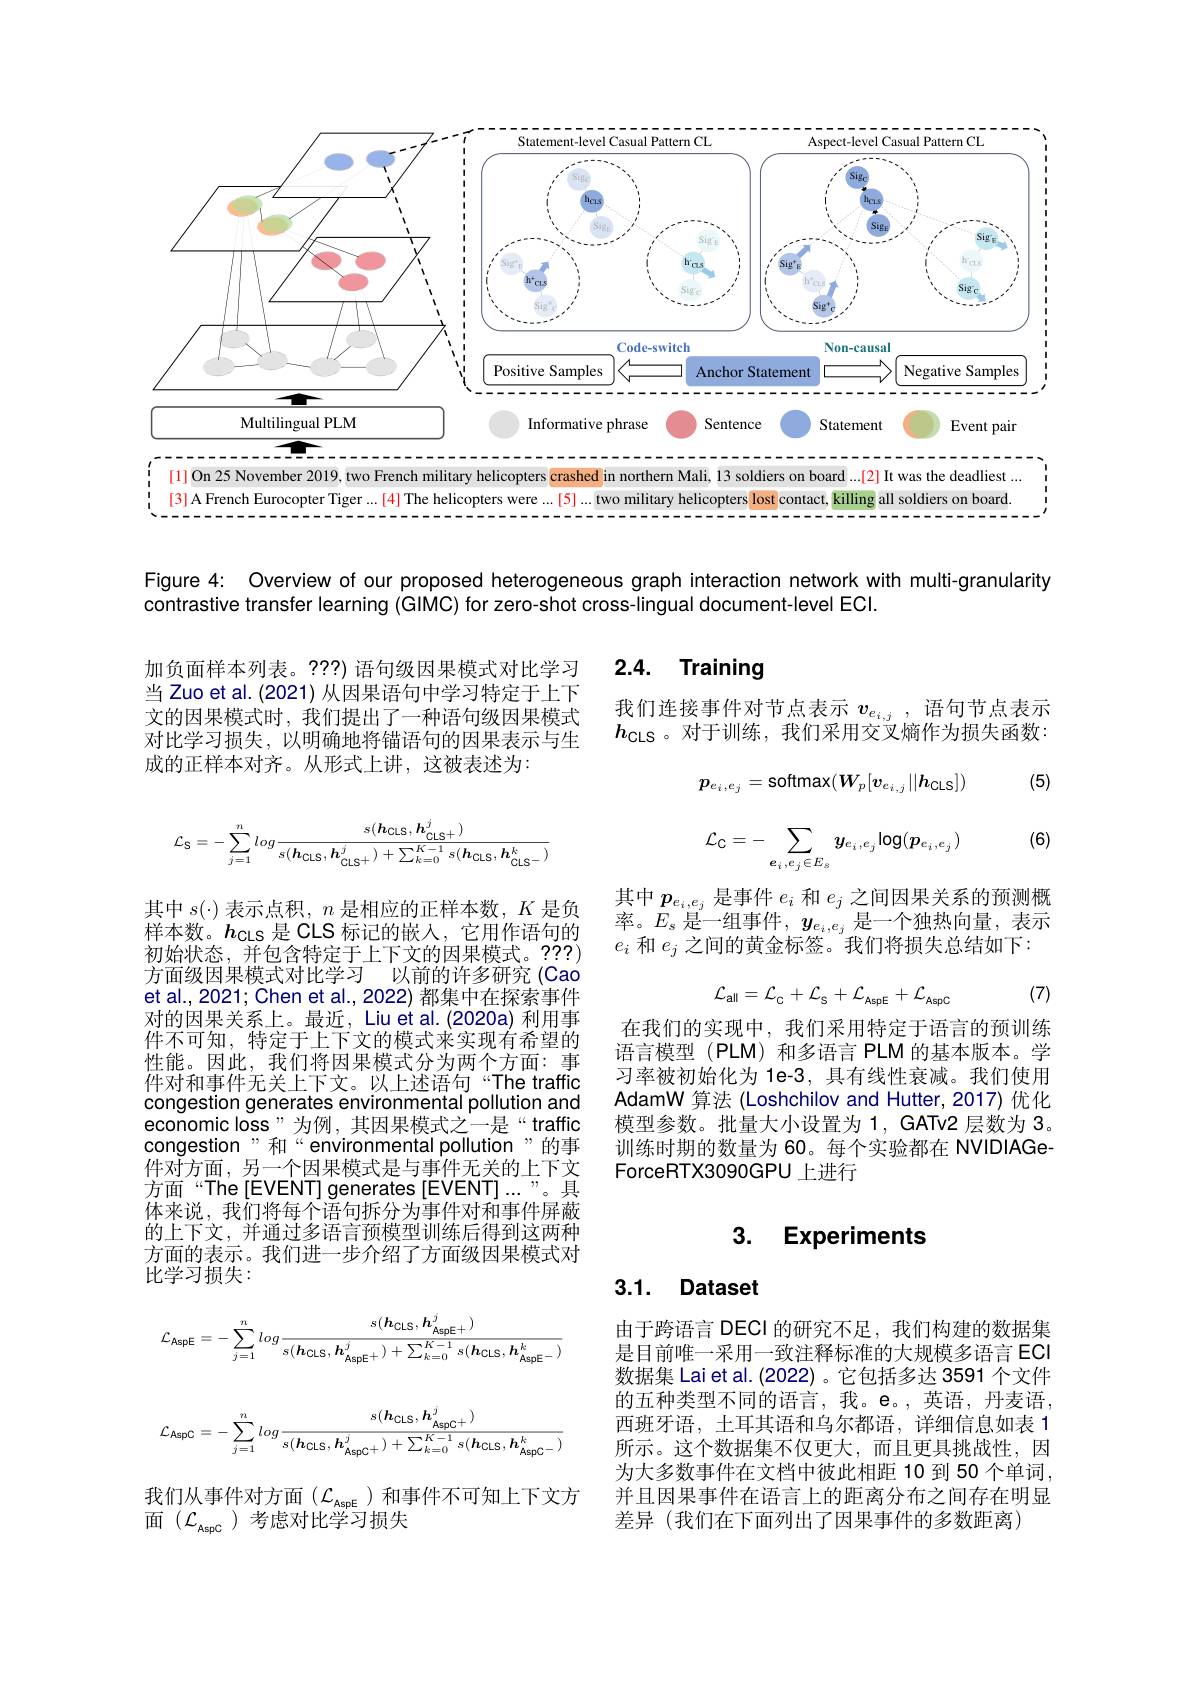
<FigureHere>

Figure 4: Overview of our proposed heterogeneous graph interaction network with multi-granularity

contrastive transfer learning (GIMC) for zero-shot cross-lingual document-level ECl.

## 2.4. Training

加负面样本列表。???)语句级因果模式对比学习当 Zuo et al. (2021) 从因果语句中学习特定于上下文的因果模式时，我们提出了一种语句级因果模式对比学习损失，以明确地将锚语句的因果表示与生成的正样本对齐。从形式上讲，这被表述为：

我们连接事件对节点表示$v_{e_{i,j}}$ ,语句节点表示$h_{\mathrm{CLS}}$。对于训练，我们采用交叉熵作为损失函数：

(5)
$$p_{e_{i},e_{j}}=\mathrm{softmax}(W_{p}[v_{e_{i,j}}||h_{\mathrm{CLS}}])$$
$$\mathcal{L}_{\mathcal{C}}=-\sum_{e_{i}\:,e_{j}\in E_{s}}y_{e_{i}\:,e_{j}}\log(p_{e_{i}\:,e_{j}})$$
(6)
$$\mathcal{L}_{\mathrm{S}}=-\sum_{j=1}^{n}log\frac{s(\boldsymbol{h}_{\mathrm{CLS}},\boldsymbol{h}_{\mathrm{CLS}^{+}}^{j})}{s(\boldsymbol{h}_{\mathrm{CLS}},\boldsymbol{h}_{\mathrm{CLS}^{+}}^{j})+\sum_{k=0}^{K-1}s(\boldsymbol{h}_{\mathrm{CLS}},\boldsymbol{h}_{\mathrm{CLS}^{-}}^{k})}$$
其中$p_{e_i,e_j}$是事件 $e_i$ 和 $e_j$ 之间因果关系的预测概率的率。$E_s$是一组事件，$y_e_i,e_j$是一个独热向量，表示$e_i$和$e_j$之间的黄金标签。我们将损失总结如下：
$$\mathcal{L}_{\mathrm{all}}=\mathcal{L}_{\mathrm{C}}+\mathcal{L}_{\mathrm{S}}+\mathcal{L}_{\mathrm{AspE}}+\mathcal{L}_{\mathrm{AspC}}\quad(7)$$
其中$s(\cdot)$表示点积，$n$是相应的正样本数，$K$是负样本数。$h_\mathrm{CLS}$是 CLS 标记的嵌入，它用作语句的初始状态，并包含特定于上下文的因果模式。???) 方面级因果模式对比学习 以前的许多研究 (Cao et al., 2021; Chen et al., 2022) 都集中在探索事件对的因果关系上。最近，Liu et al.(2020a) 利用事件不可知，特定于上下文的模式来实现有希望的性能。因此，我们将因果模式分为两个方面：事件对和事件无关上下文。以上述语句“The traffic congestion generates environmental pollution and economic loss"为例，其因果模式之一是“traffic congestion" 和“environmental pollution”的事$\tilde{\text{件对方面，另一个因果模式是与事件无关的上下文}}$ 方面“The[EVENT] generates[EVENT]...”。具体来说，我们将每个语句拆分为事件对和事件屏蔽的上下文，并通过多语言预模型训练后得到这两种方面的表示。我们进一步介绍了方面级因果模式对比学习损失：

在我们的实现中，我们采用特定于语言的预训练语言模型 (PLM) 和多语言 PLM 的基本版本。学习率被初始化为 1e-3, 具有线性衰减。我们使用AdamW 算法 (Loshchilov and Hutter, 2017) 优化模型参数。批量大小设置为1，GATv2 层数为 3。训练时期的数量为 60。每个实验都在 NVIDIAGeForceRTX3090GPU 上进行

## 3. Experiments

## 3.1. Dataset
$$\mathcal{L}_{\mathrm{AspE}}=-\sum_{j=1}^{n}log\frac{s(\boldsymbol{h}_{\mathrm{CLS}},\boldsymbol{h}_{\mathrm{AspE}+}^{j})}{s(\boldsymbol{h}_{\mathrm{CLS}},\boldsymbol{h}_{\mathrm{AspE}+}^{j})+\sum_{k=0}^{K-1}s(\boldsymbol{h}_{\mathrm{CLS}},\boldsymbol{h}_{\mathrm{AspE}-}^{k})}\\\mathcal{L}_{\mathrm{AspC}}=-\sum_{j=1}^{n}log\frac{s(\boldsymbol{h}_{\mathrm{CLS}},\boldsymbol{h}_{\mathrm{AspC}+}^{j})}{s(\boldsymbol{h}_{\mathrm{CLS}},\boldsymbol{h}_{\mathrm{AspC}+}^{j})+\sum_{k=0}^{K-1}s(\boldsymbol{h}_{\mathrm{CLS}},\boldsymbol{h}_{\mathrm{AspC}-}^{k})}$$
由于跨语言 DECI 的研究不足，我们构建的数据集是目前唯一采用一致注释标准的大规模多语言 ECI 数据集 Lai et al. (2022) 。它包括多达 3591 个文件的五种类型不同的语言，我。e。,英语，丹麦语， 西班牙语，土耳其语和乌尔都语，详细信息如表 1所示。这个数据集不仅更大，而且更具挑战性，因为大多数事件在文档中彼此相距 10 到 50 个单词， 并且因果事件在语言上的距离分布之间存在明显差异(我们在下面列出了因果事件的多数距离)

我们从事件对方面($\mathcal{L}_\mathrm{AspE}$)和事件不可知上下文方
面$(\mathcal{L}_\mathrm{AspC})$考虑对比学习损失